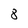
Character: 8